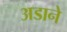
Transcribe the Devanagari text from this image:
अडाने